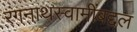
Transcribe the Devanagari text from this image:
रंगनाथस्वामींबद्दल